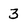
Character: 3